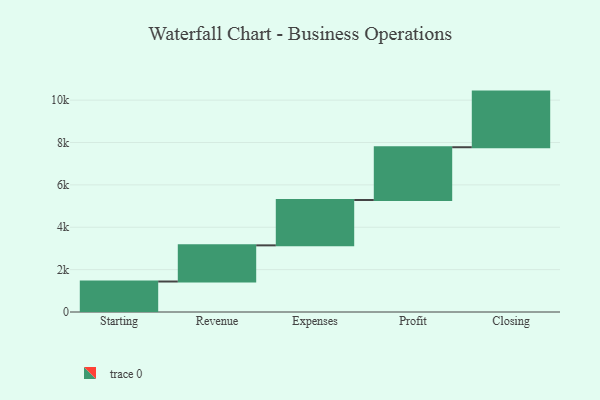
{"axis": {"x": "Step", "y": "Value"}, "legend": [""], "data": [{"x": "Starting", "y": 1439.0, "type": ""}, {"x": "Revenue", "y": 1707.0, "type": ""}, {"x": "Expenses", "y": 2140.0, "type": ""}, {"x": "Profit", "y": 2491.0, "type": ""}, {"x": "Closing", "y": 2626.0, "type": ""}]}